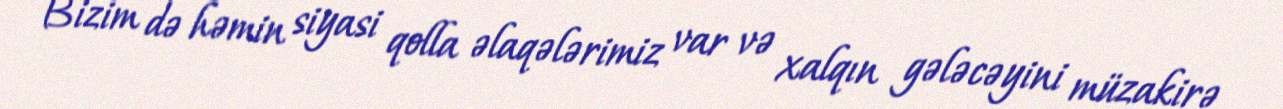
Bizim də həmin siyasi qolla əlaqələrimiz var və xalqın gələcəyini müzakirə